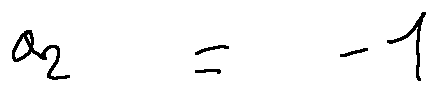
a _ { 2 } = - 1